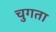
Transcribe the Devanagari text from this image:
चुगता